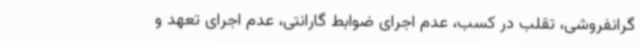
گرانفروشی، تقلب در کسب، عدم اجرای ضوابط گارانتی، عدم اجرای تعهد و